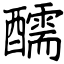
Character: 醹